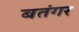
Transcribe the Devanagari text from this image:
बतंगर